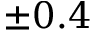
\pm 0 . 4